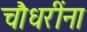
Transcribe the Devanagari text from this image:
चौधरींना